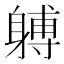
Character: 𲄩